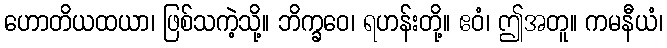
ဟောတိယထယာ၊ ဖြစ်သကဲ့သို့။ ဘိက္ခဝေ၊ ရဟန်းတို့။ ဧဝံ၊ ဤအတူ။ ကမနီယံ၊